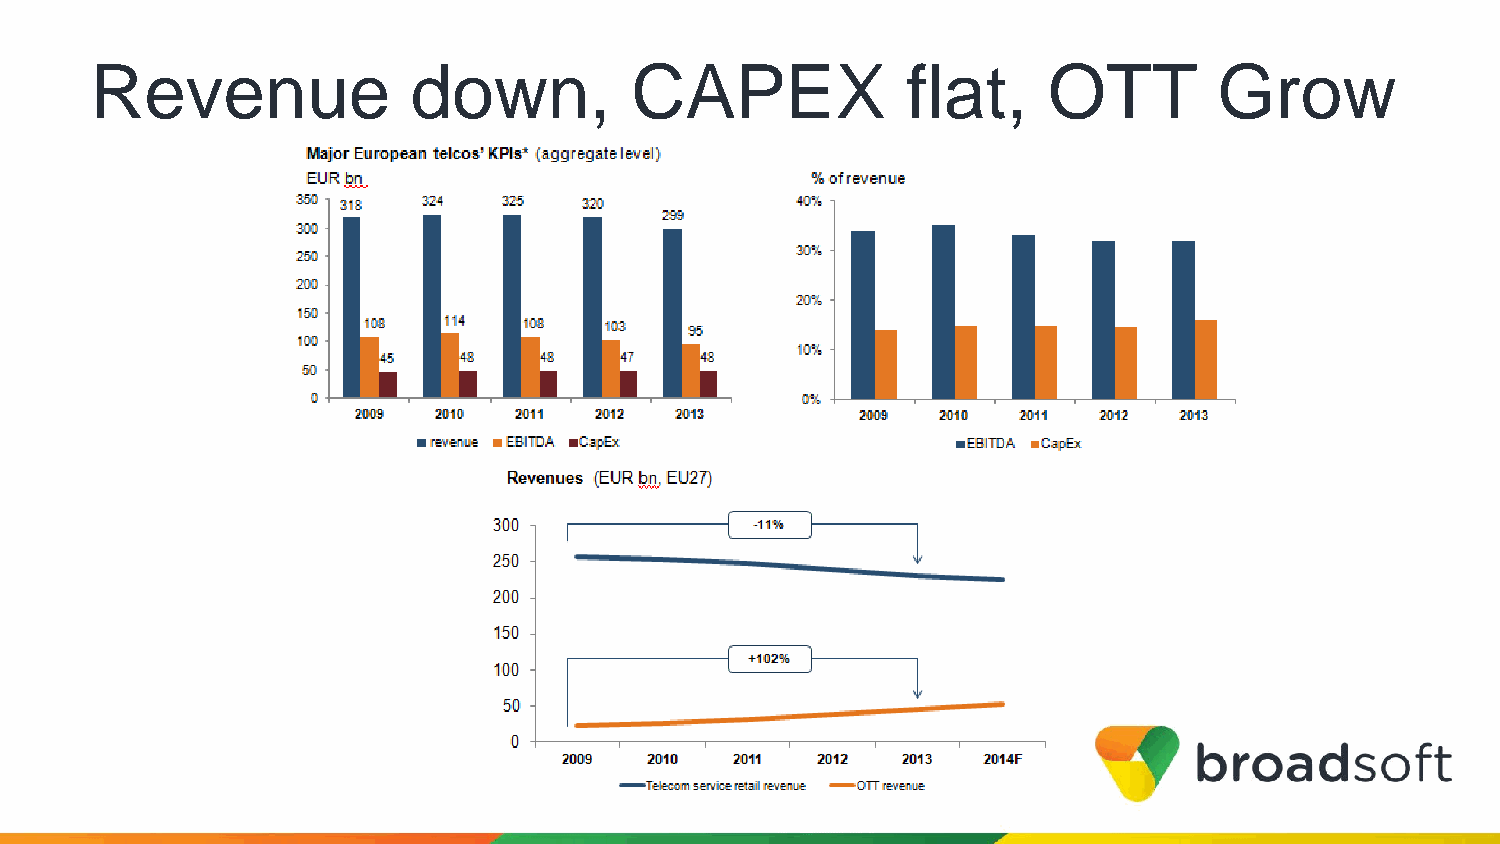
Revenue              down,          CAPEX             flat,    OTT         Grow